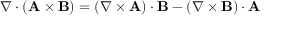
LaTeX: \nabla \cdot \left( \mathbf { A } \times \mathbf { B } \right) = ( \nabla \times \mathbf { A } ) \cdot \mathbf { B } - ( \nabla \times \mathbf { B } ) \cdot \mathbf { A }